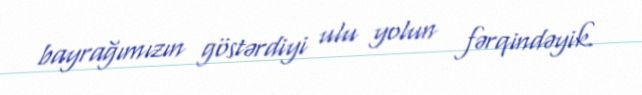
bayrağımızın göstərdiyi ulu yolun fərqindəyik.